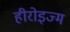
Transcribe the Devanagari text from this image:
हीरोइज्म